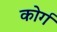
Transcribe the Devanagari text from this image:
कोर्ग